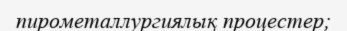
пирометаллургиялық процестер;